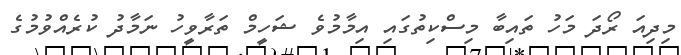
މިދިއަ ރޯދަ މަހު ތައިބާ މިސްކިތުގައި އިމާމުވެ ޝަހީމް ތަރާވީހު ނަމާދު ކުރެއްވުމުގެ